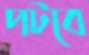
পটবে